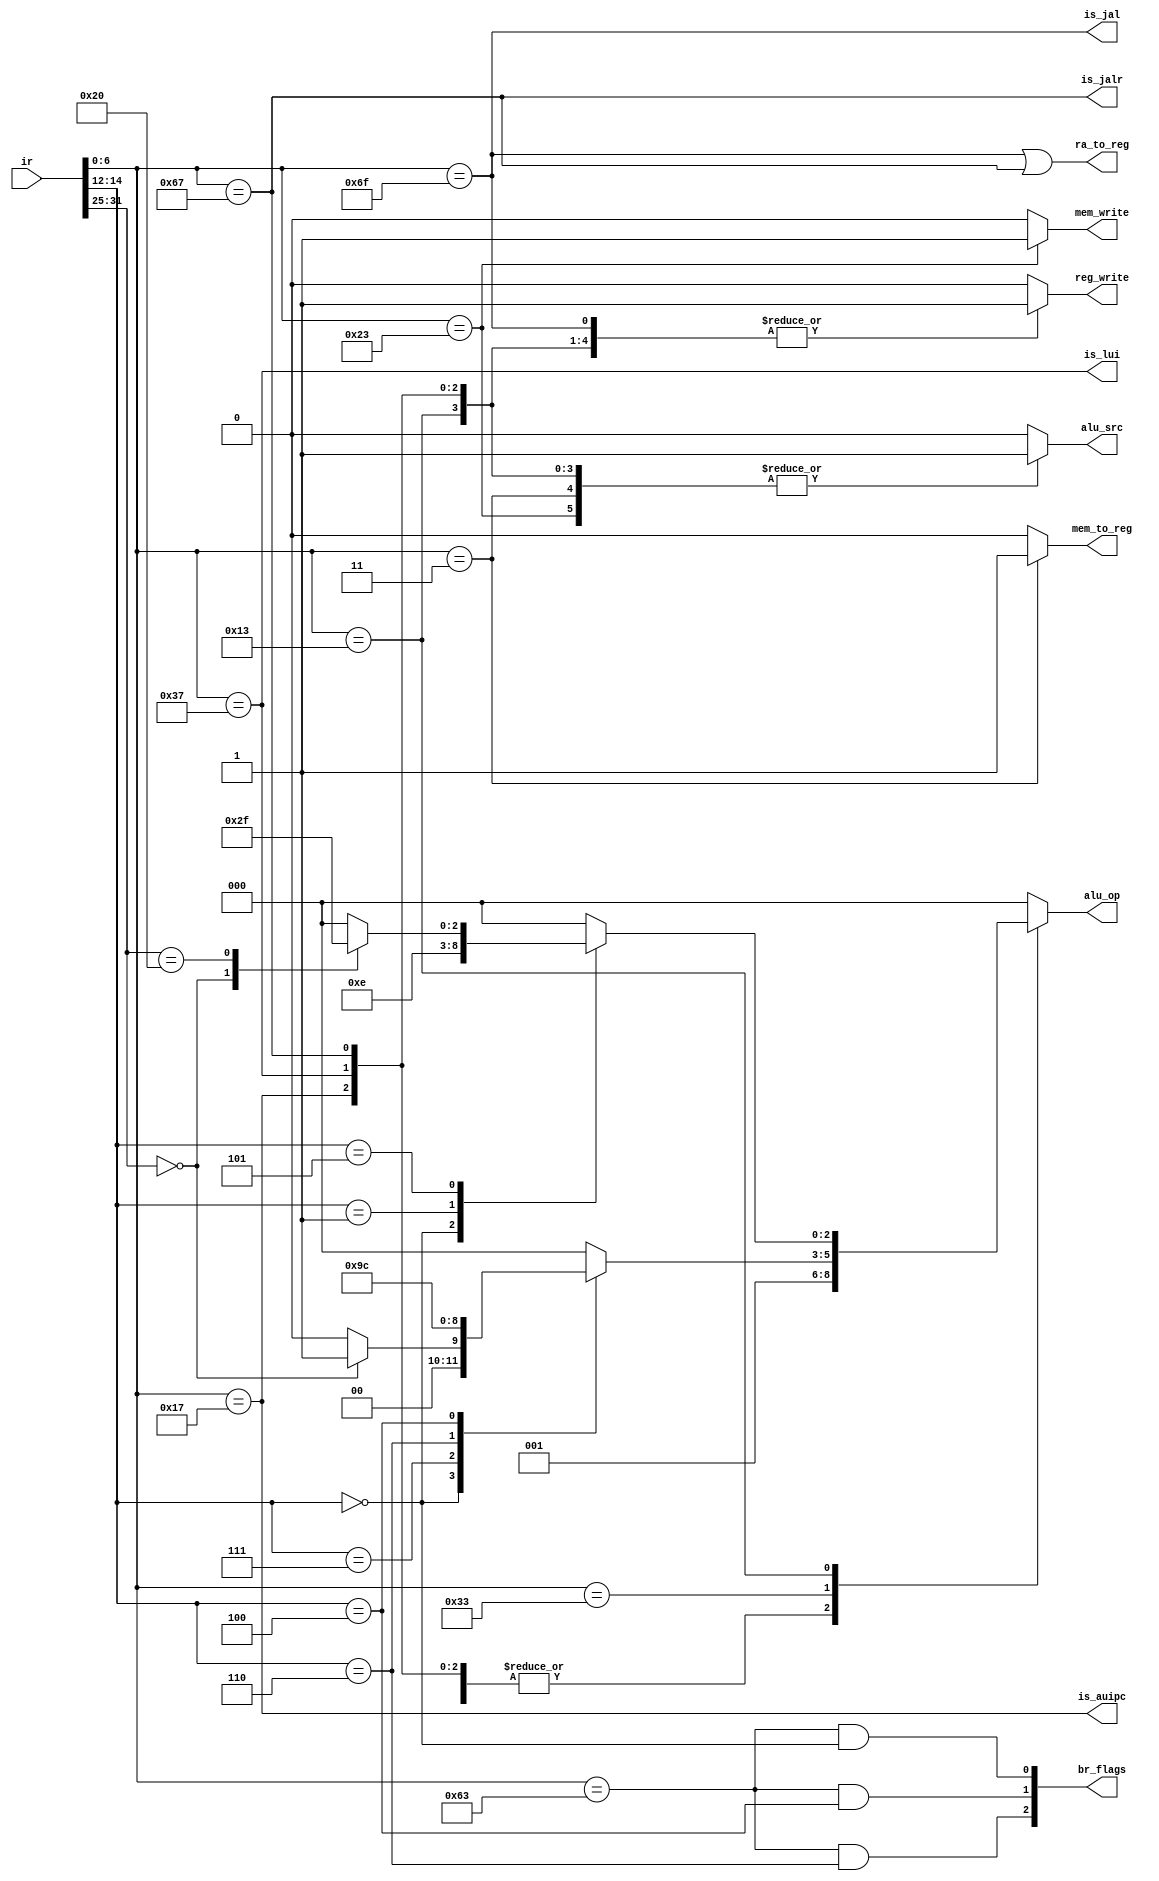
`timescale 1ns / 1ps
//////////////////////////////////////////////////////////////////////////////////
// Company: 
// Engineer: 
// 
// Design Name: 
// Module Name: control_unit
// Project Name: 
// Target Devices: 
// Tool Versions: 
// Description: 
// 
// Dependencies: 
// 
// Revision:
// Revision 0.01 - File Created
// Additional Comments:
// 
//////////////////////////////////////////////////////////////////////////////////


module control_unit(
    input  [31:0] ir,
    output [2:0] br_flags,
    output is_jal, is_jalr,
    output is_lui, is_auipc, ra_to_reg,
    output reg [2:0] alu_op,
    output reg alu_src,
    output reg mem_to_reg,
    output reg mem_write, reg_write
    );
    parameter OPCODE_ALU = 7'b011_0011, OPCODE_ALU_IMM = 7'b001_0011, OPCODE_LUI = 7'b011_0111, OPCODE_AUIPC = 7'b001_0111,
              OPCODE_LOAD = 7'b000_0011, OPCODE_STORE = 7'b010_0011, OPCODE_BRANCH = 7'b110_0011,
              OPCODE_JAL = 7'b110_1111, OPCODE_JALR = 7'b110_0111;

    parameter FUNCT3_ADDI = 3'b000, FUNCT3_SLLI = 3'b001, FUNCT3_SRLI_SRAI = 3'b101;

    parameter FUNCT3_BEQ = 3'b000, FUNCT3_BLT = 3'b100, FUNCT3_BLTU = 3'b110;

    parameter FUNCT3_ADD_SUB = 3'b000, FUNCT3_AND = 3'b111, FUNCT3_OR = 3'b110, FUNCT3_XOR = 3'b100;

    parameter FUNCT7_ADD = 7'b0, FUNCT7_SUB = 7'b0100000;

    parameter FUNCT7_SRLI = 7'b0, FUNCT7_SRAI = 7'b0100000;

    parameter ALU_OP_SUB = 3'd0, ALU_OP_ADD = 3'd1, ALU_OP_AND = 3'd2, ALU_OP_OR = 3'd3,
              ALU_OP_XOR = 3'd4, ALU_OP_SRLI = 3'd5, ALU_OP_SLLI = 3'd6, ALU_OP_SRAI = 3'd7;

    wire [6:0] opcode;
    wire [2:0] funct3;
    wire [6:0] funct7;
    assign opcode = ir[6:0];
    assign funct3 = ir[14:12];
    assign funct7 = ir[31:25];

    wire br_eq, br_lt, br_ltu;
    assign br_eq = (opcode == OPCODE_BRANCH) && (funct3 == FUNCT3_BEQ);
    assign br_lt = (opcode == OPCODE_BRANCH) && (funct3 == FUNCT3_BLT);
    assign br_ltu = (opcode == OPCODE_BRANCH) && (funct3 == FUNCT3_BLTU);
    assign br_flags = {br_ltu, br_lt, br_eq};

    assign is_jal = (opcode == OPCODE_JAL);
    assign is_jalr = (opcode == OPCODE_JALR);
    assign ra_to_reg = is_jal || is_jalr;

    assign is_lui = (opcode == OPCODE_LUI);
    assign is_auipc = (opcode == OPCODE_AUIPC);

    always @(*) begin
        // default values
        alu_op = 0; alu_src = 0;
        mem_to_reg = 0; mem_write = 0;
        reg_write = 0;
        case (opcode)
            OPCODE_JAL: reg_write = 1;

            OPCODE_JALR: begin
                alu_op = ALU_OP_ADD;
                alu_src = 1;
                reg_write = 1;
            end

            OPCODE_LUI: begin
                alu_op = ALU_OP_ADD;
                alu_src = 1;
                reg_write = 1;
            end
            OPCODE_AUIPC: begin
                alu_op = ALU_OP_ADD;
                alu_src = 1;
                reg_write = 1;
            end

            OPCODE_STORE: begin
                alu_op = ALU_OP_ADD;
                alu_src = 1;
                mem_write = 1;
            end
            OPCODE_LOAD: begin
                alu_op = ALU_OP_ADD;
                alu_src = 1;
                mem_to_reg = 1;
                reg_write = 1;
            end

            OPCODE_BRANCH: begin
                alu_op = ALU_OP_SUB;
            end

            OPCODE_ALU: begin
                reg_write = 1;
                case (funct3)
                    FUNCT3_ADD_SUB: begin
                        case (funct7)
                            FUNCT7_ADD: alu_op = ALU_OP_ADD;
                            FUNCT7_SUB: alu_op = ALU_OP_SUB;
                            default: alu_op = 0;
                        endcase
                    end

                    FUNCT3_AND: alu_op = ALU_OP_AND;
                    FUNCT3_OR:  alu_op = ALU_OP_OR;
                    FUNCT3_XOR: alu_op = ALU_OP_XOR;

                    default: alu_op = 0;
                endcase
            end

            OPCODE_ALU_IMM: begin
                reg_write = 1;
                alu_src = 1;
                case (funct3)
                    FUNCT3_ADDI: alu_op = ALU_OP_ADD;
                    FUNCT3_SLLI: alu_op = ALU_OP_SLLI;
                    FUNCT3_SRLI_SRAI: begin
                        case (funct7)
                            FUNCT7_SRLI: alu_op = ALU_OP_SRLI;
                            FUNCT7_SRAI: alu_op = ALU_OP_SRAI;
                            default: alu_op = 0;
                        endcase
                    end
                    default: alu_op = 0;
                endcase
            end

            default: alu_op = 0;
        endcase
    end
endmodule